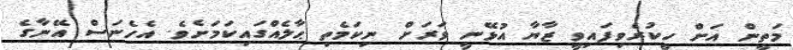
މަތީން އަށް ހީކުރެވިފައިވީ ޒާޔާ އުޅޭނީ ވަރަށް ނިކަމެތި ޙާލެއްގައިކަމަށެވެ. އެހެނަސް އޭނާގެ